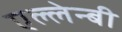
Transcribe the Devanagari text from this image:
एल्लेन्बी